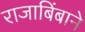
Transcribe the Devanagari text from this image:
राजाबिंबाने